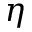
\eta